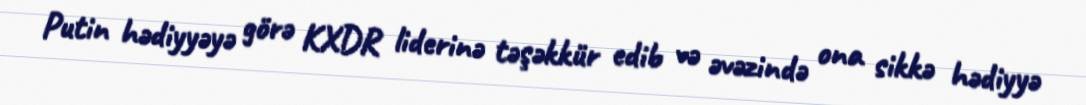
Putin hədiyyəyə görə KXDR liderinə təşəkkür edib və əvəzində ona sikkə hədiyyə